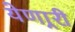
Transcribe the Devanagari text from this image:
येणार्‍री